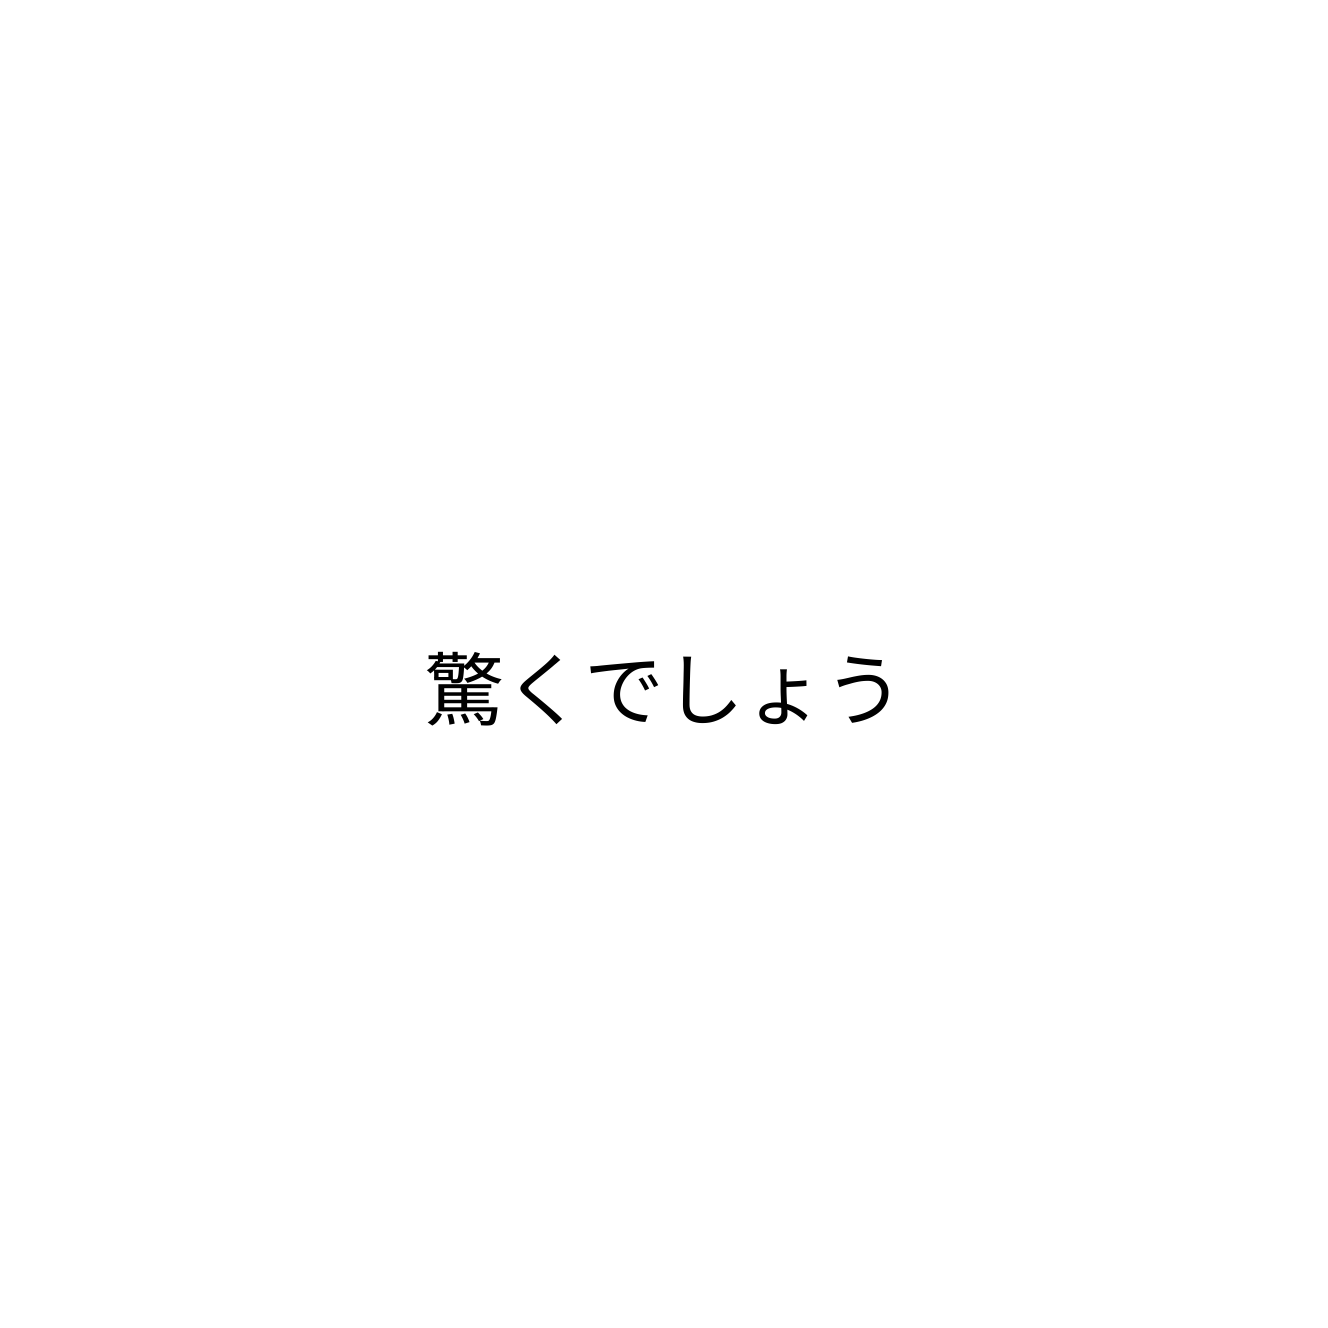
驚くでしょう